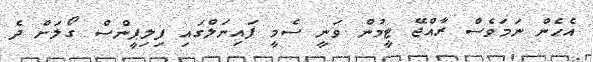
އެހެން ނަމަވެސް ރާއްޖޭ ޓީމުން ވަނީ ސެމީ ފައިނަލްގައި ފިލިޕީންސް ގޯލަށް ދެ